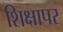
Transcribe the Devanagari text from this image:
शिक्षापर